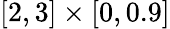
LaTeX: [2,3]\times[0,0.9]